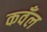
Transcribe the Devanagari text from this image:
कवँल